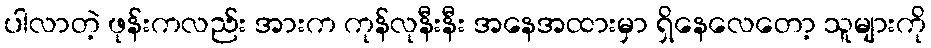
ပါလာတဲ့ ဖုန်းကလည်း အားက ကုန်လုနီးနီး အနေအထားမှာ ရှိနေလေတော့ သူများကို